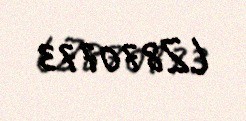
LZ870773